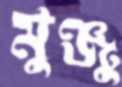
মুঞ্জু